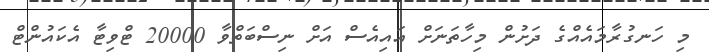
މި ހަނގުރާމައެއްގެ ދަށުން މިހާތަނަށް އައިއެސް އަށް ނިސްބަތްވާ 20000 ޓްވިޓާ އެކައުންޓް